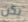
يكن